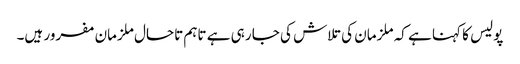
پولیس کا کہنا ہے کہ ملزمان کی تلاش کی جا رہی ہے تاہم تاحال ملزمان مفرور ہیں۔